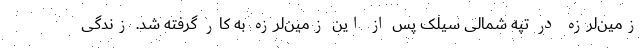
زمین‌لرزه در تپه شمالی سیلک پس از این زمین‌لرزه به کار گرفته شد. زندگی